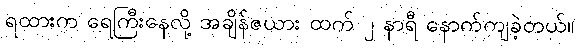
ရထားက ရေကြီးနေလို့ အချိန်ဇယား ထက် ၂ နာရီ နောက်ကျခဲ့တယ်။